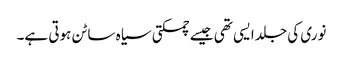
نوری کی جلد ایسی تھی جیسے چمکتی سیاہ ساٹن ہوتی ہے۔